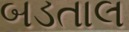
બડતાલ